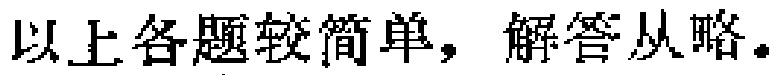
以上各题较简单，解答从略。